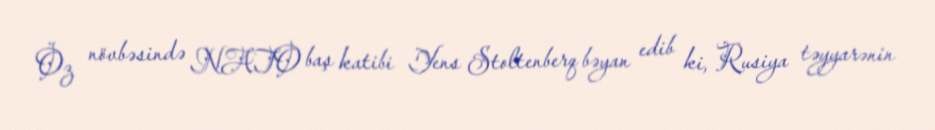
Öz növbəsində NATO baş katibi Yens Stoltenberq bəyan edib ki, Rusiya təyyarənin